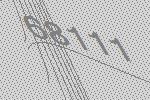
68111